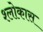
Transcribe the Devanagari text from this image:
श्लोकास